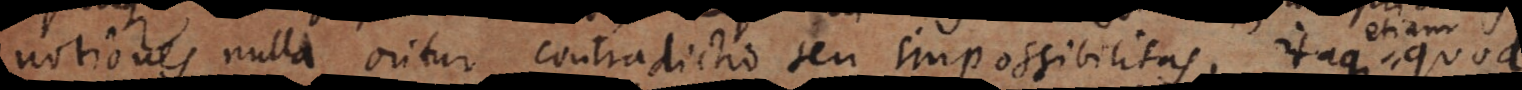
notiones nulla oritur contradictio seu impossibilitas, itaque quo